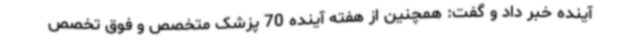
آینده خبر داد و گفت: همچنین از هفته آینده 70 پزشک متخصص و فوق تخصص